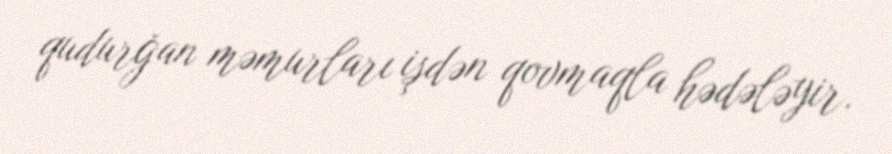
qudurğan məmurları işdən qovmaqla hədələyir.